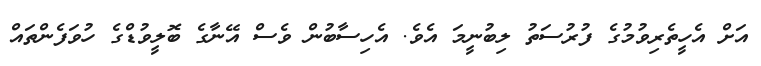
އަށް އެހީތެރިވުމުގެ ފުރުސަތު ލިބުނީމަ އެވެ. އެހިސާބުން ވެސް އޭނާގެ ބޮލީވުޑްގެ ހުވަފެންތައް